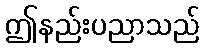
ဤနည်းပညာသည်